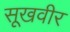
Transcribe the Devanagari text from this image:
सूखवीर